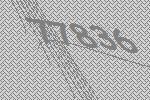
77836